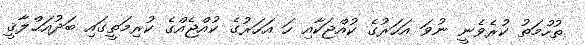
ތުހުމަތު ކުރެވެނީ ނުވަ އަހަރުގެ ކުއްޖަކާއި ހަ އަހަރުގެ ކުއްޖެއްގެ ކުރިމަތީގައި ބަދުއަޙްލާޤީ